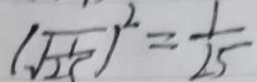
( \sqrt { \frac { 1 } { 2 5 } } ) ^ { 2 } = \frac { 1 } { 2 5 }